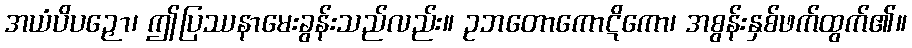
အယံပိပဉှော၊ ဤပြဿနာမေးခွန်းသည်လည်း။ ဥဘတောကောဋိကော၊ အစွန်းနှစ်ဖက်ထွက်၏။